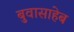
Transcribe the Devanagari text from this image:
बुवासाहेब